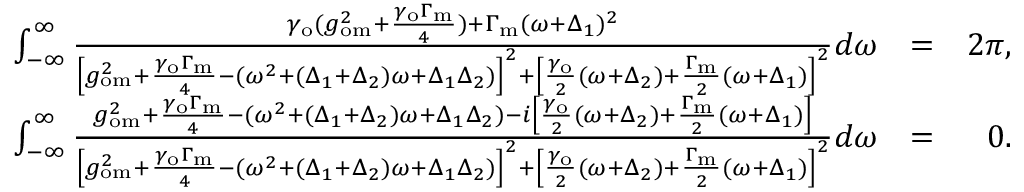
\begin{array} { r l r } { \int _ { - \infty } ^ { \infty } \frac { \gamma _ { \mathrm { o } } ( g _ { \mathrm { o m } } ^ { 2 } + \frac { \gamma _ { \mathrm { o } } \Gamma _ { \mathrm { m } } } { 4 } ) + \Gamma _ { \mathrm { m } } ( \omega + \Delta _ { 1 } ) ^ { 2 } } { \left[ g _ { \mathrm { o m } } ^ { 2 } + \frac { \gamma _ { \mathrm { o } } \Gamma _ { \mathrm { m } } } { 4 } - ( \omega ^ { 2 } + ( \Delta _ { 1 } + \Delta _ { 2 } ) \omega + \Delta _ { 1 } \Delta _ { 2 } ) \right] ^ { 2 } + \left[ \frac { \gamma _ { \mathrm { o } } } { 2 } ( \omega + \Delta _ { 2 } ) + \frac { \Gamma _ { \mathrm { m } } } { 2 } ( \omega + \Delta _ { 1 } ) \right] ^ { 2 } } d \omega } & { = } & { 2 \pi , } \\ { \int _ { - \infty } ^ { \infty } \frac { g _ { \mathrm { o m } } ^ { 2 } + \frac { \gamma _ { \mathrm { o } } \Gamma _ { \mathrm { m } } } { 4 } - ( \omega ^ { 2 } + ( \Delta _ { 1 } + \Delta _ { 2 } ) \omega + \Delta _ { 1 } \Delta _ { 2 } ) - i \left[ \frac { \gamma _ { \mathrm { o } } } { 2 } ( \omega + \Delta _ { 2 } ) + \frac { \Gamma _ { \mathrm { m } } } { 2 } ( \omega + \Delta _ { 1 } ) \right] } { \left[ g _ { \mathrm { o m } } ^ { 2 } + \frac { \gamma _ { \mathrm { o } } \Gamma _ { \mathrm { m } } } { 4 } - ( \omega ^ { 2 } + ( \Delta _ { 1 } + \Delta _ { 2 } ) \omega + \Delta _ { 1 } \Delta _ { 2 } ) \right] ^ { 2 } + \left[ \frac { \gamma _ { \mathrm { o } } } { 2 } ( \omega + \Delta _ { 2 } ) + \frac { \Gamma _ { \mathrm { m } } } { 2 } ( \omega + \Delta _ { 1 } ) \right] ^ { 2 } } d \omega } & { = } & { 0 . } \end{array}